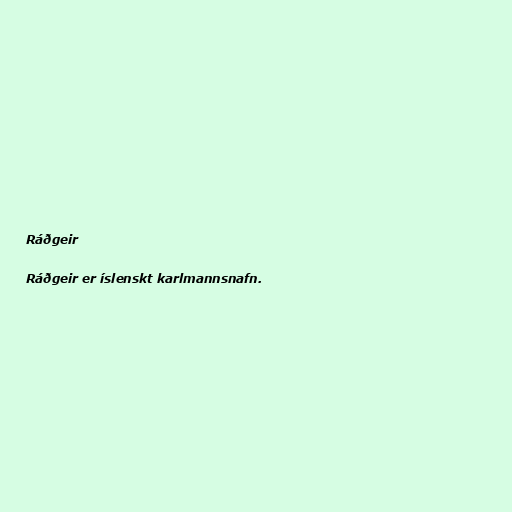
Ráðgeir

Ráðgeir er íslenskt karlmannsnafn.